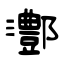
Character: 鄷